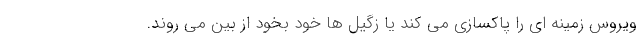
ویروس زمینه ای را پاکسازی می کند یا زگیل ها خود بخود از بین می روند.